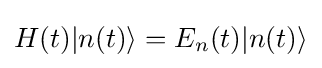
H(t)|n(t)\rangle =E_{n}(t)|n(t)\rangle